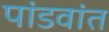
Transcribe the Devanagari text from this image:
पांडवांत